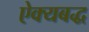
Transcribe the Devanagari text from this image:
ऐक्यबद्ध